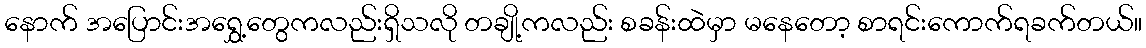
နောက် အပြောင်းအရွှေ့တွေကလည်းရှိသလို တချို့ကလည်း စခန်းထဲမှာ မနေတော့ စာရင်းကောက်ရခက်တယ်။